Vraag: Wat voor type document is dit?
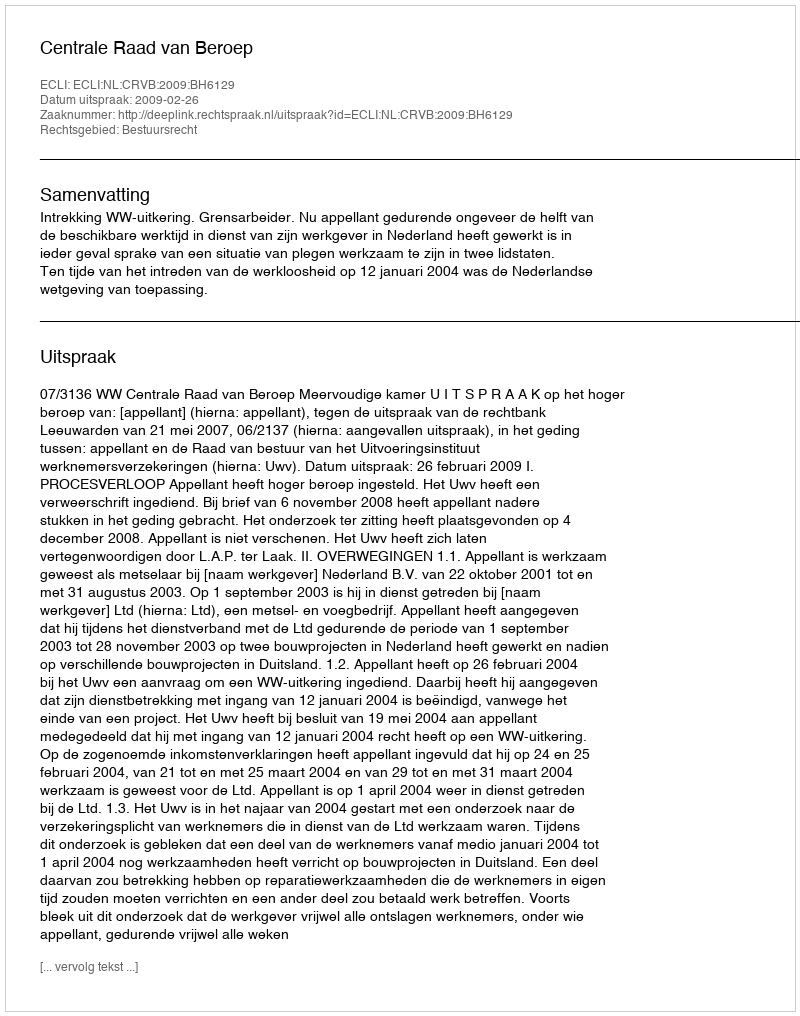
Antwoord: Uitspraak